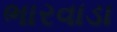
ભારવાડા